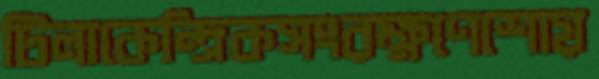
টিলাকেন্দ্রিকসংরক্ষণেশোয়